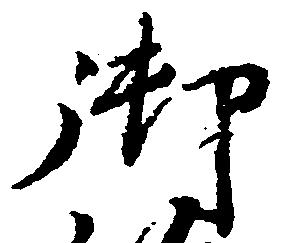
御